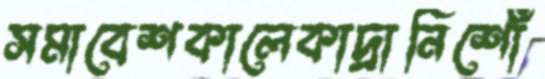
সমাবেশকালেকাদ্রানিশোঁ